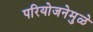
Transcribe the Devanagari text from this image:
परियोजनेमुळे